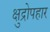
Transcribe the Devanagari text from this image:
क्षुद्रोपहार